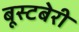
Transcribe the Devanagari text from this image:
बूस्टबेरी